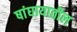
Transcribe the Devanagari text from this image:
षांघायातील